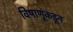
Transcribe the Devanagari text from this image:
विषाणूंकडून